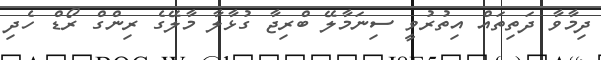
ދިމާވާ ދަތިތައް އިތުރުވީ ސިނަމާލޭ ބްރިޖާ ގުޅާލާ މާލޭގެ ރިންގް ރޯޑް ހެދި